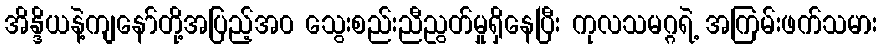
အိန္ဒိယနဲ့ကျနော်တို့အပြည့်အ၀ သွေးစည်းညီညွတ်မှုရှိနေပြီး ကုလသမဂ္ဂရဲ့ အကြမ်းဖက်သမား